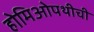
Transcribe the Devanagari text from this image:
होमिओपथीची